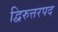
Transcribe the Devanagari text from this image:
द्विरुत्तरपद